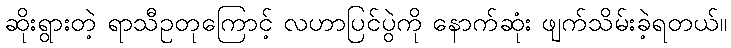
ဆိုးရွားတဲ့ ရာသီဥတုကြောင့် လဟာပြင်ပွဲကို နောက်ဆုံး ဖျက်သိမ်းခဲ့ရတယ်။